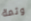
وثمة